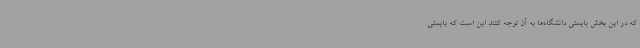
که در این بخش بایستی دانشگاه‌ها به آن توجه کنند این است که بایستی